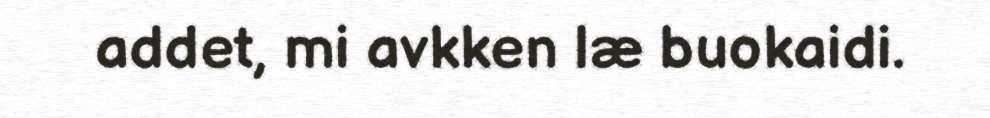
addet, mi avkken læ buokaidi.